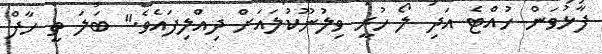
ފާޅުވަން ހުއްޓެ އަދި ލޯ ހުރީ ވިލުނޫކުލައަށް ދިއްލިފައެވެ." ބަލަ ތީ ހާފް